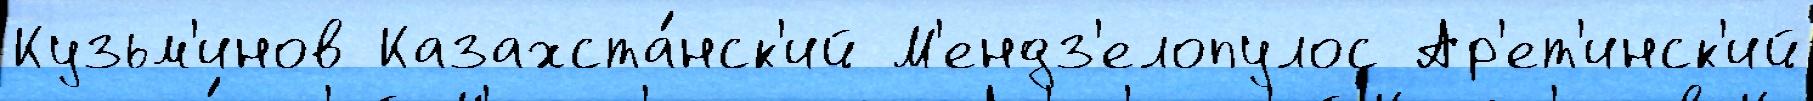
Кузьм'инов Казахста́нск'ий М'ендз'елопулос Ар'ет'инск'ий